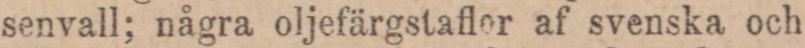
senvall; några oljefärgstaflor af svenska och